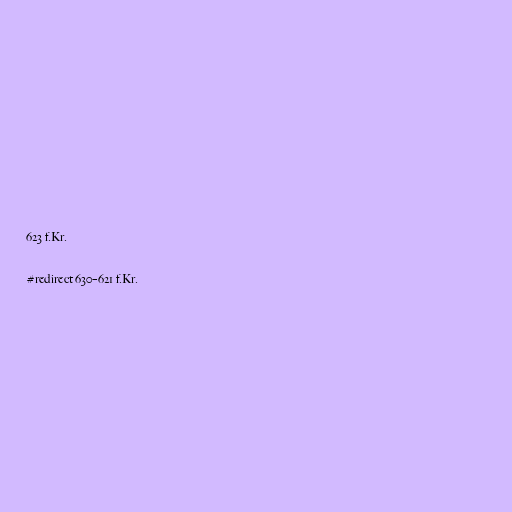
623 f.Kr.

#redirect 630–621 f.Kr.